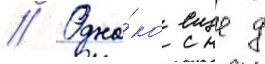
// Одна́ко еще д